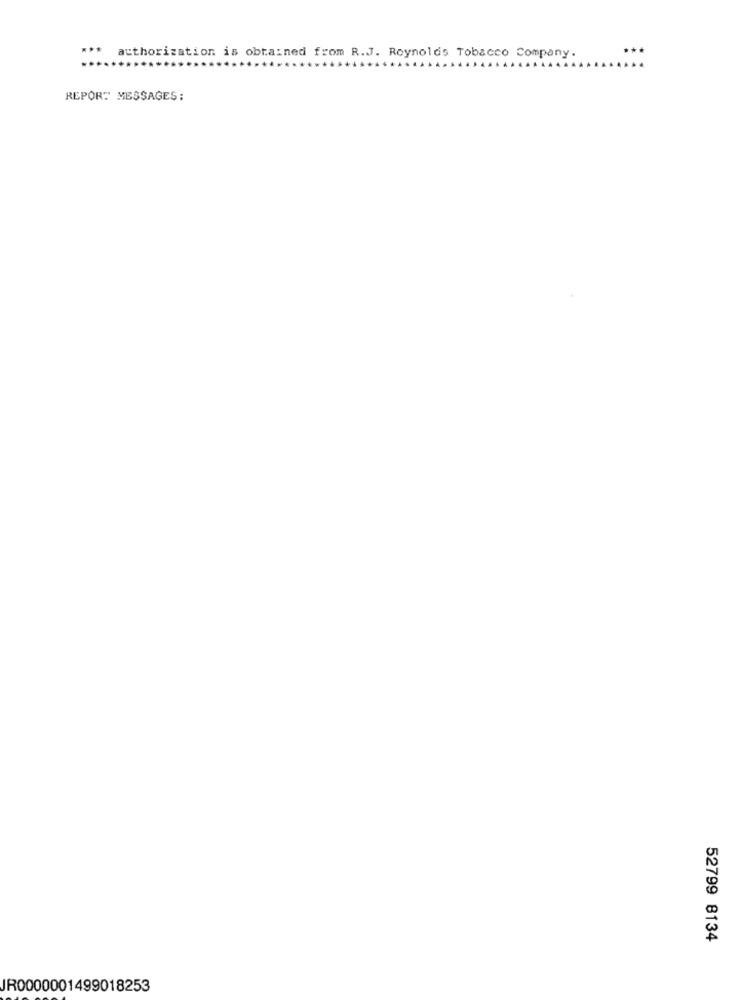
***
*** authorization is obtained from R.J. Reynolds Tobacco Company.
REPORT" MESSAGES:
52799 8134
JR0000001499018253